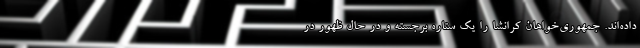
داده‌اند. جمهوری‌خواهان کرانشا را یک ستاره برجسته و در حال ظهور در